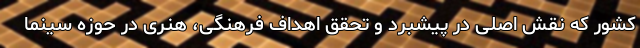
کشور که نقش اصلی در پیشبرد و تحقق اهداف فرهنگی، هنری در حوزه سینما